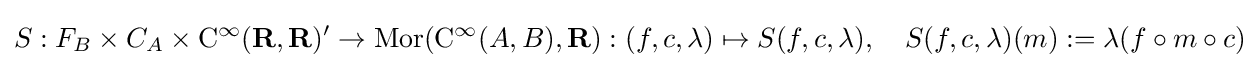
S:F_{B}\times C_{A}\times \mathrm {C} ^{\infty }(\mathbf {R} ,\mathbf {R} )'\to \mathrm {Mor} (\mathrm {C} ^{\infty }(A,B),\mathbf {R} ):(f,c,\lambda )\mapsto S(f,c,\lambda ),\quad S(f,c,\lambda )(m):=\lambda (f\circ m\circ c)